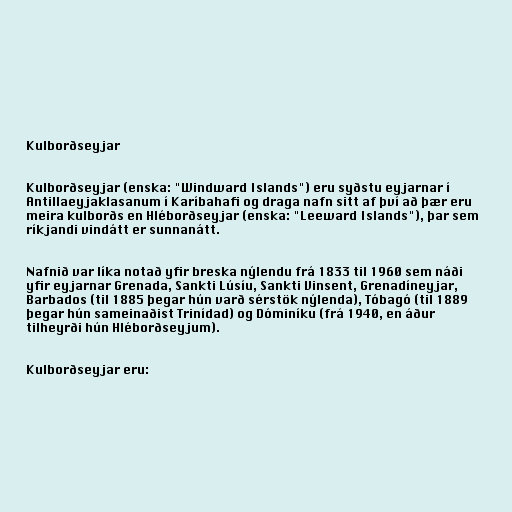
Kulborðseyjar

Kulborðseyjar (enska: "Windward Islands") eru syðstu eyjarnar í
Antillaeyjaklasanum í Karíbahafi og draga nafn sitt af því að þær eru
meira kulborðs en Hléborðseyjar (enska: "Leeward Islands"), þar sem
ríkjandi vindátt er sunnanátt.

Nafnið var líka notað yfir breska nýlendu frá 1833 til 1960 sem náði
yfir eyjarnar Grenada, Sankti Lúsíu, Sankti Vinsent, Grenadíneyjar,
Barbados (til 1885 þegar hún varð sérstök nýlenda), Tóbagó (til 1889
þegar hún sameinaðist Trinídad) og Dóminíku (frá 1940, en áður
tilheyrði hún Hléborðseyjum).

Kulborðseyjar eru: